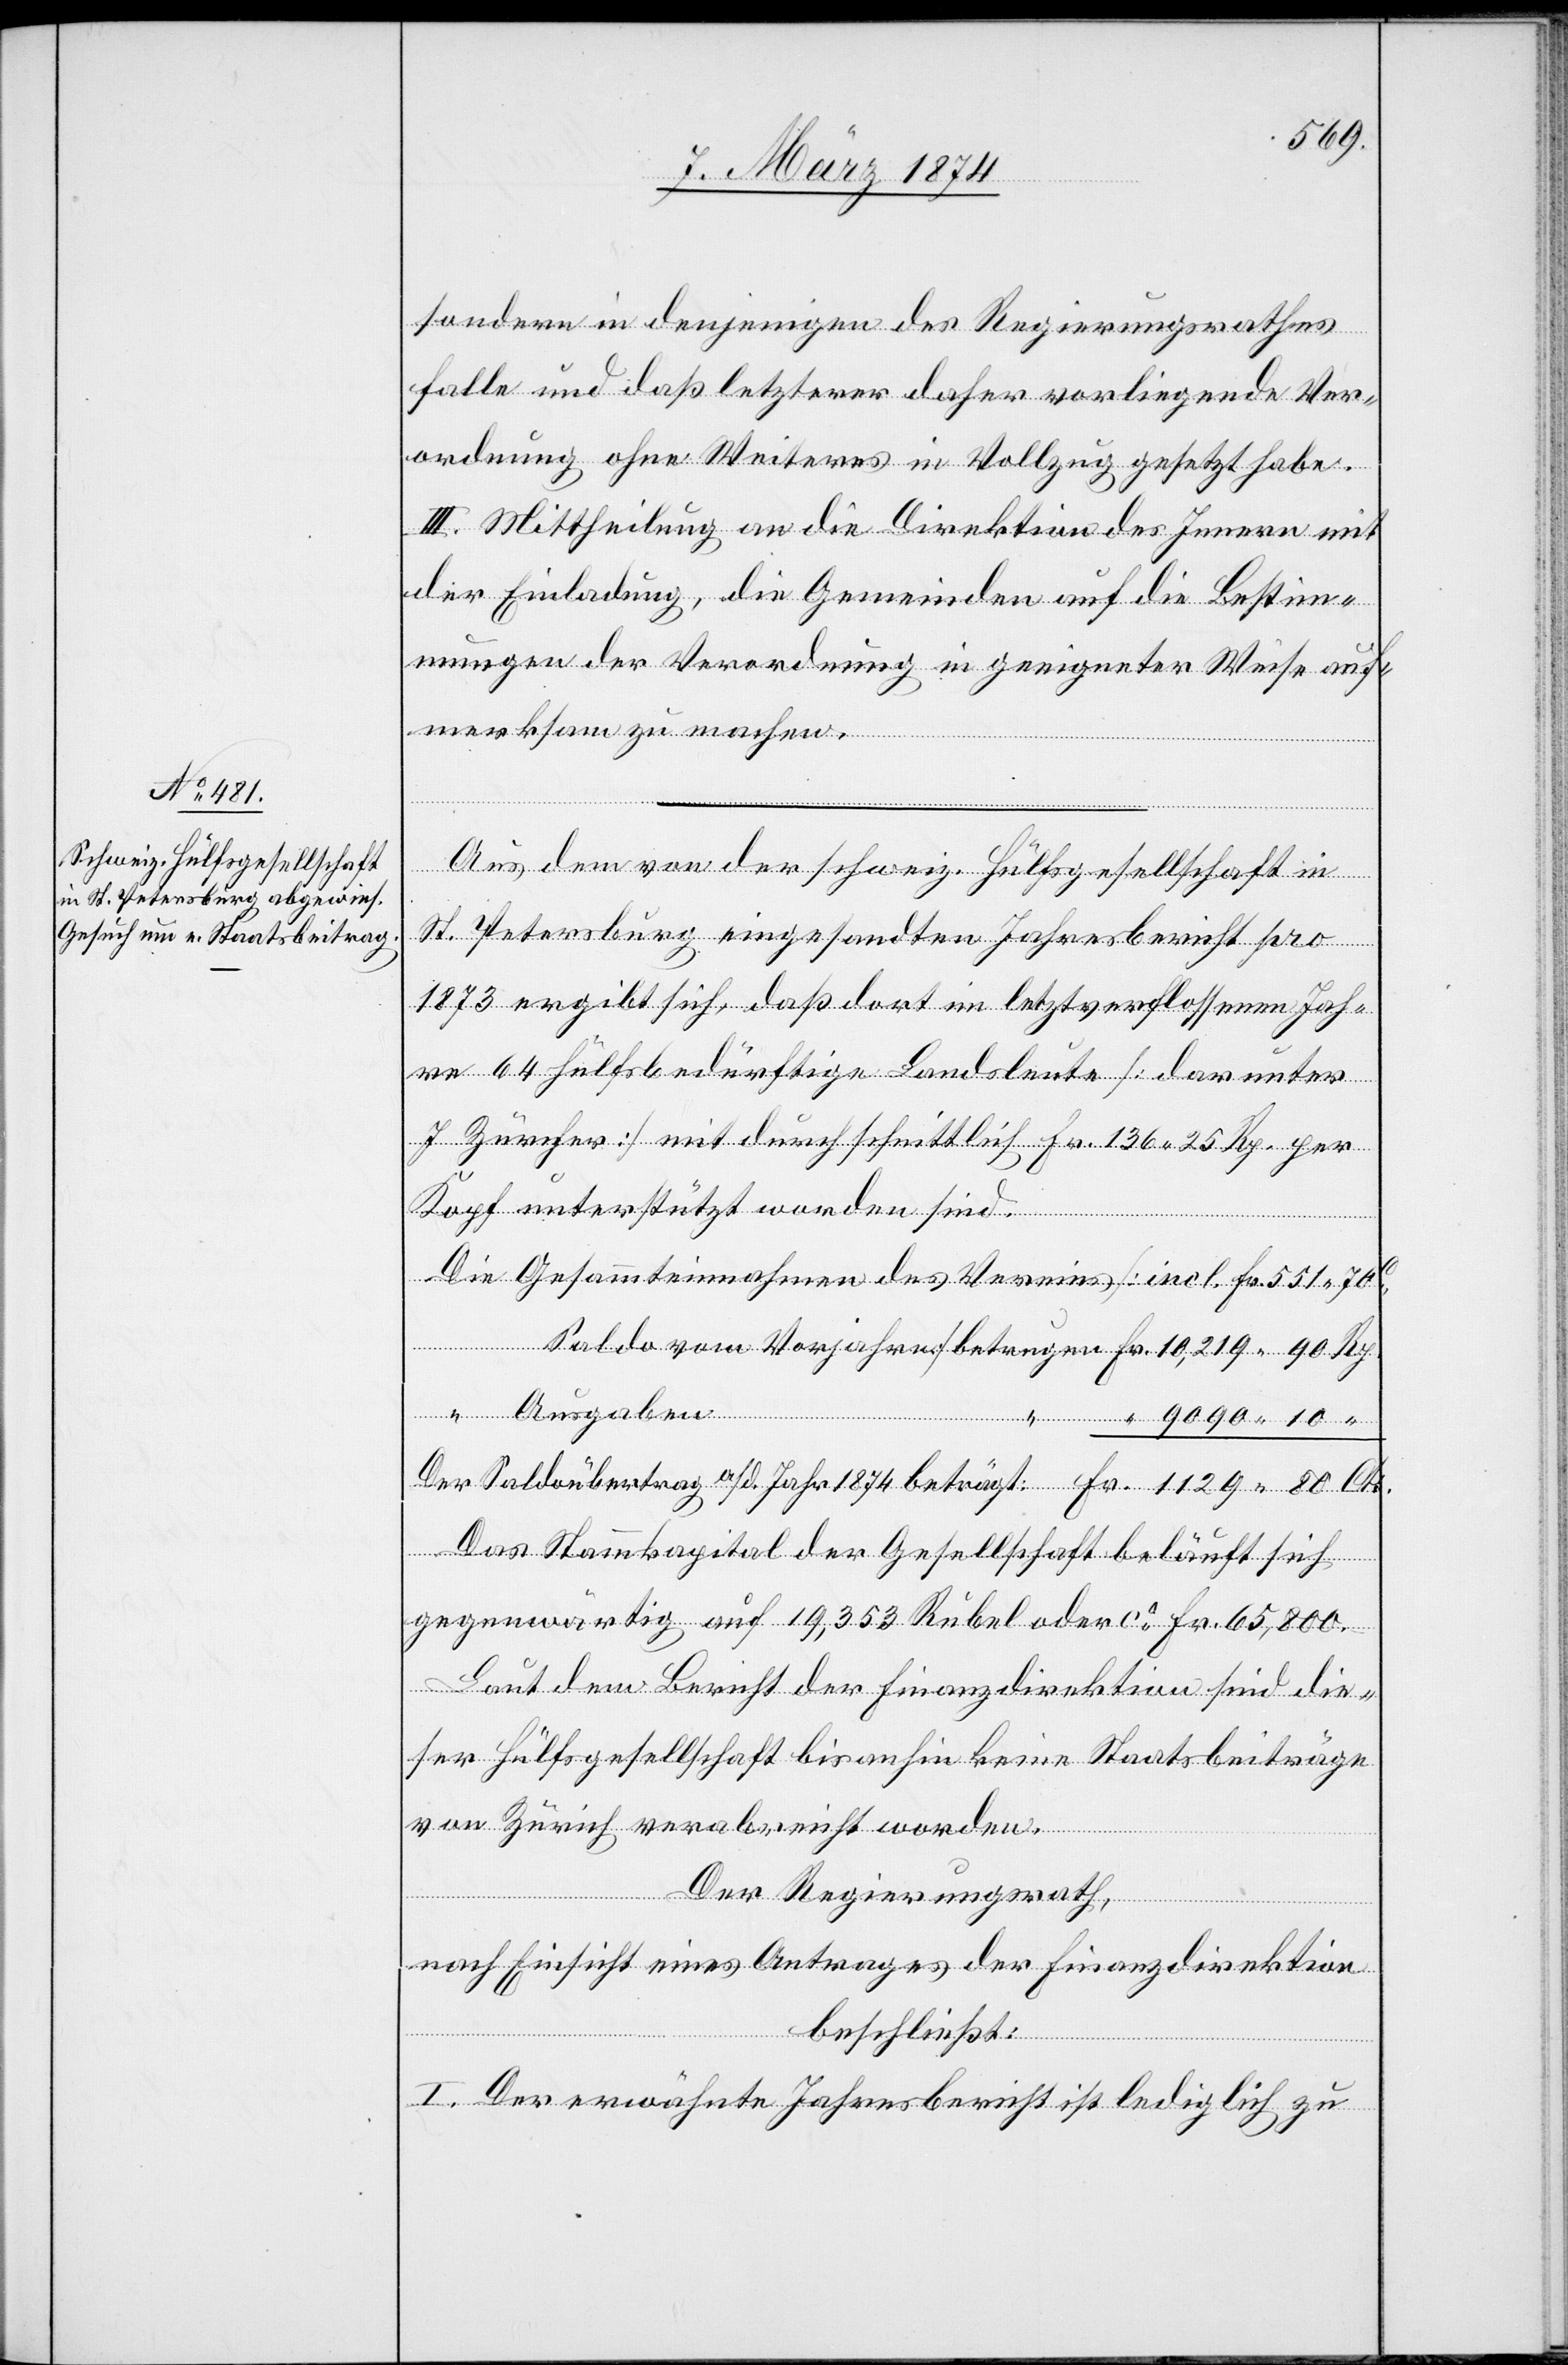
sondern in denjenigen des Regierungsrathes
falle und daß letzterer daher vorliegende Ver¬
ordnung ohne Weiteres in Vollzug gesetzt habe.
III. Mittheilung an die Direktion des Innern mit
der Einladung, die Gemeinden auf die Bestim¬
mungen der Verordnung in geeigneter Weise auf¬
merksam zu machen.
Aus dem von der schweiz. Hülfsgesellschaft in
St. Petersburg eingesandten Jahresbericht pro
1873 ergibt sich, daß dort im letztverflossenen Jah¬
re 64 Hülfsbedürftige Landsleute [darunter
7 Zürcher] mit durchschnittlich Fr. 136.25 Rp. per
Kopf unterstützt worden sind.
Die Gesammteinnahmen des Vereins [incl. Fr. 551.70 C.
Saldo vom Vorjahre] betragen	Fr. 10,219.90 Rp.
“ Ausgaben
“ 9090.10 “
Der Saldoübertrag a./d. Jahr 1874 beträgt:	Fr. 1129.80 Cts.
Das Stammkapital der Gesellschaft beläuft sich
gegenwärtig auf 19,353 Rubel oder ca Fr. 65,800.–
Laut dem Bericht der Finanzdirektion sind die¬
ser Hülfsgesellschaft bis anhin keine Staatsbeiträge
von Zürich verabreicht worden.
Der Regierungsrath,
nach Einsicht eines Antrages der Finanzdirektion,
beschließt:
I. Der erwähnte Jahresbericht ist lediglich zu